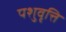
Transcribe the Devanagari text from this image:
पशुवृत्ति